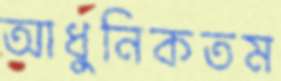
আধুনিকতম